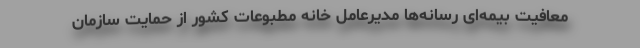
معافیت بیمه‌ای رسانه‌ها مدیرعامل خانه مطبوعات کشور از حمایت سازمان